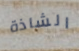
الشاذة